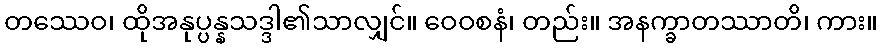
တဿေဝ၊ ထိုအနုပ္ပန္နသဒ္ဒါ၏သာလျှင်။ ဝေဝစနံ၊ တည်း။ အနက္ခာတဿာတိ၊ ကား။